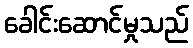
ခေါင်းဆောင်မှုသည်